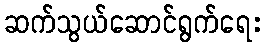
ဆက်သွယ်ဆောင်ရွက်ရေး